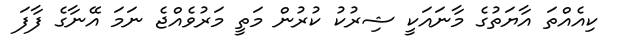
ކިއެއްތަ އާޔަތުގެ މާނައަކީ ޝިރުކު ކުރުން މަތީ މަރުވެއްޖެ ނަމަ އޭނާގެ ފާފަ